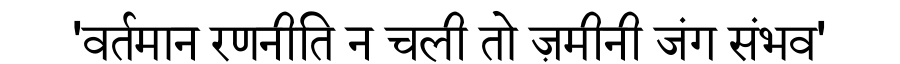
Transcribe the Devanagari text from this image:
'वर्तमान रणनीति न चली तो ज़मीनी जंग संभव'